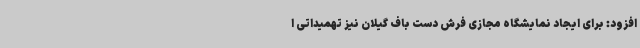
افزود: برای ایجاد نمایشگاه مجازی فرش دست باف گیلان نیز تهمیداتی ا